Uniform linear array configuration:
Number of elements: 32
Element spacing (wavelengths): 0.5
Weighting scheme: hann
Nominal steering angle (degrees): -30
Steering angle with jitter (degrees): -29.86
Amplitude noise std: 0.05
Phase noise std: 0.05

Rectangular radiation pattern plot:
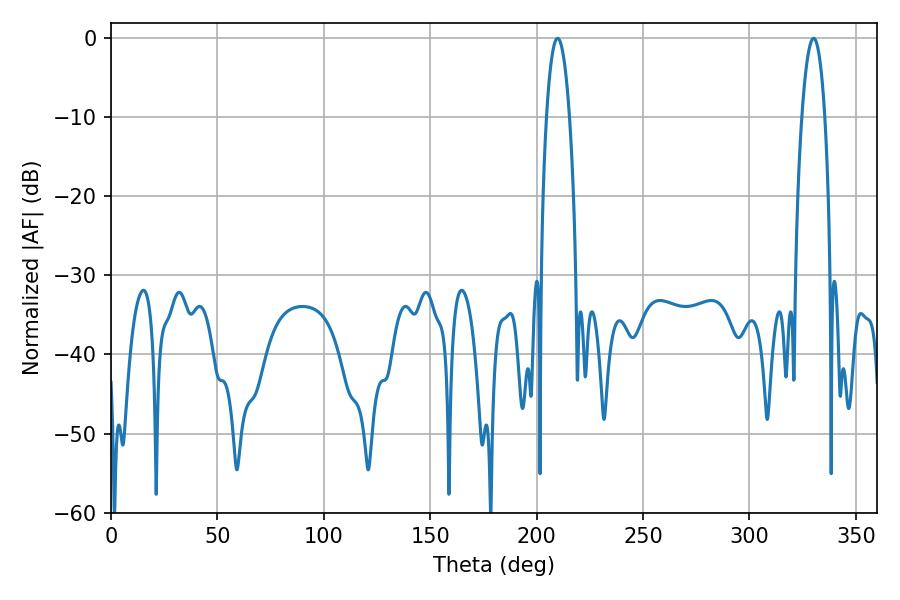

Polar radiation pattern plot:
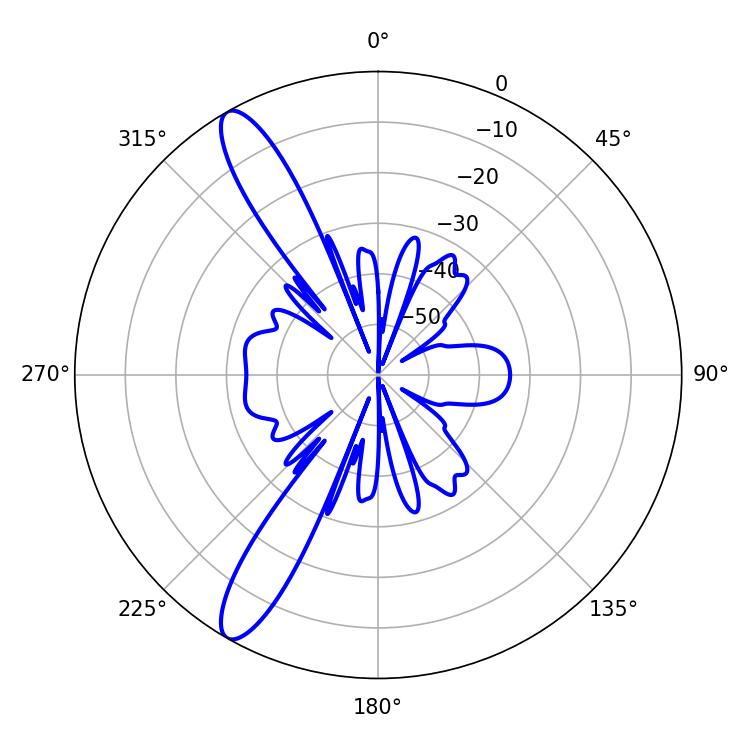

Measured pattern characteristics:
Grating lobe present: FALSE
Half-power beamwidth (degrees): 6.12
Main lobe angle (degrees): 330.12